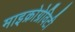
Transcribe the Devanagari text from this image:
माइक्रोग्रेविटी